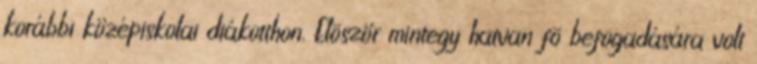
korábbi középiskolai diákotthon. Elõször mintegy hatvan fõ befogadására volt